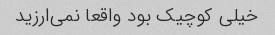
خیلی کوچیک بود واقعا نمی‌ارزید